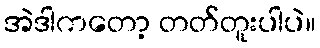
အဲဒါကတော့ တတ်တူးပါပဲ။